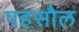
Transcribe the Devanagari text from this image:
पहसौल